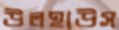
উলহাউস